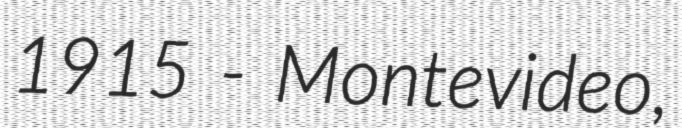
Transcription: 1915 - Montevideo,